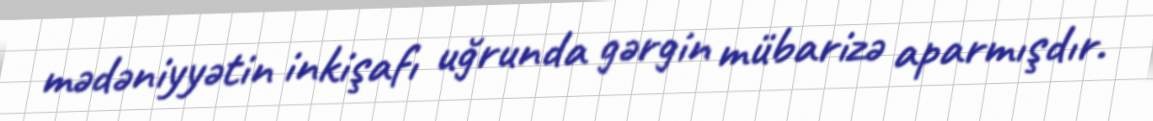
mədəniyyətin inkişafı uğrunda gərgin mübarizə aparmışdır.